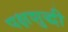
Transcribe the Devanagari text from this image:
पक्षशुद्धी